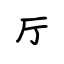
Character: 厅